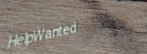
HelpWanted